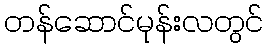
တန်ဆောင်မုန်းလတွင်